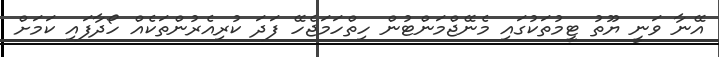
އޭނާ ވަނީ ޔޫތު ޓީމުތަކުގައި މެނޭޖްމަންޓުން ހިތްހަމަޖެހޭ ފަދަ ކުރިއެރުންތަކެއް ހޯދާފައި ކަމަށް